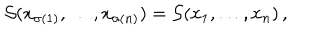
LaTeX: { \cal S } ( x _ { \sigma ( 1 ) } , \dots , x _ { \sigma ( n ) } ) = { \cal S } ( x _ { 1 } , \dots , x _ { n } ) \, ,